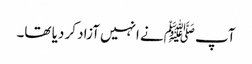
آپ ﷺنے انہیں آزاد کر دیا تھا۔